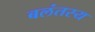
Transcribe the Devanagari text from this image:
बलंतस्य